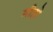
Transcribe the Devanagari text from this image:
मीहो